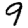
Digit: 9